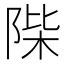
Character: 𨹼